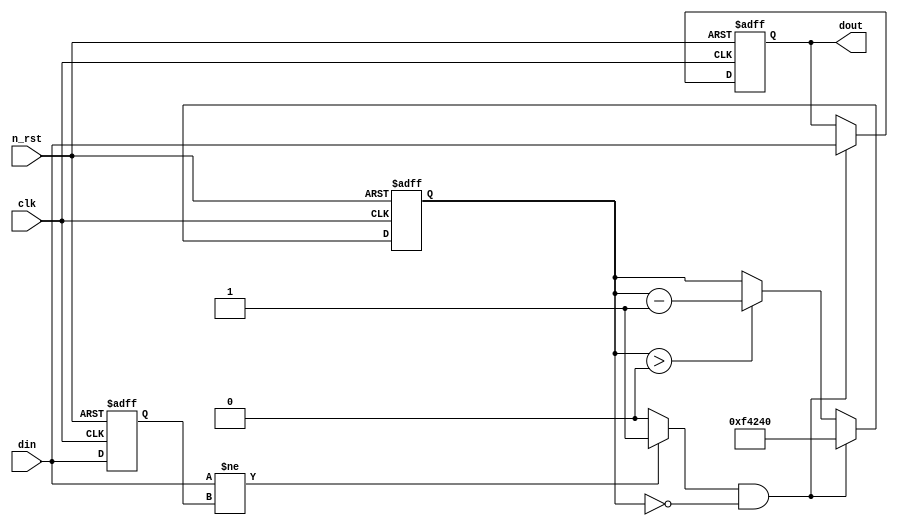
module debounc_2 (
	clk,
	n_rst,
	din,
	dout
);

parameter T_20MS = 20'hF_4240; // d1_000_000;

input clk;
input n_rst;
input din;
output dout;

reg [19:0] cnt;
wire cnt_restart;

reg din_d1;
reg dout_rdy;

always @(posedge clk or negedge n_rst) begin
	if(!n_rst) begin
		din_d1 <= 1'b0;
	end
	
	else begin
		din_d1 <= din;
	end
end

assign cnt_restart = (din != din_d1)? 1'b1 : 1'b0;

always @(posedge clk or negedge n_rst) begin
	if(!n_rst) begin
		cnt <= 20'h0_0000;
	end

	else begin
		cnt <= ((cnt_restart == 1'b1) && (cnt == 20'h0_0000))? T_20MS :
			   (cnt > 20'h0_0000)? cnt - 20'h0_0001 : cnt;
	end
end

always @(posedge clk or negedge n_rst) begin
	if(!n_rst) begin
		dout_rdy <= 1'b0;
	end

	else begin
		dout_rdy <= ((cnt == 20'h0) && (cnt_restart == 1'b1)) ? din : dout_rdy;
	end	
end

assign dout = dout_rdy;

endmodule